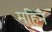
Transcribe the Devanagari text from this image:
महिनेे